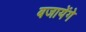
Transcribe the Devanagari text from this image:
बजायेंगे